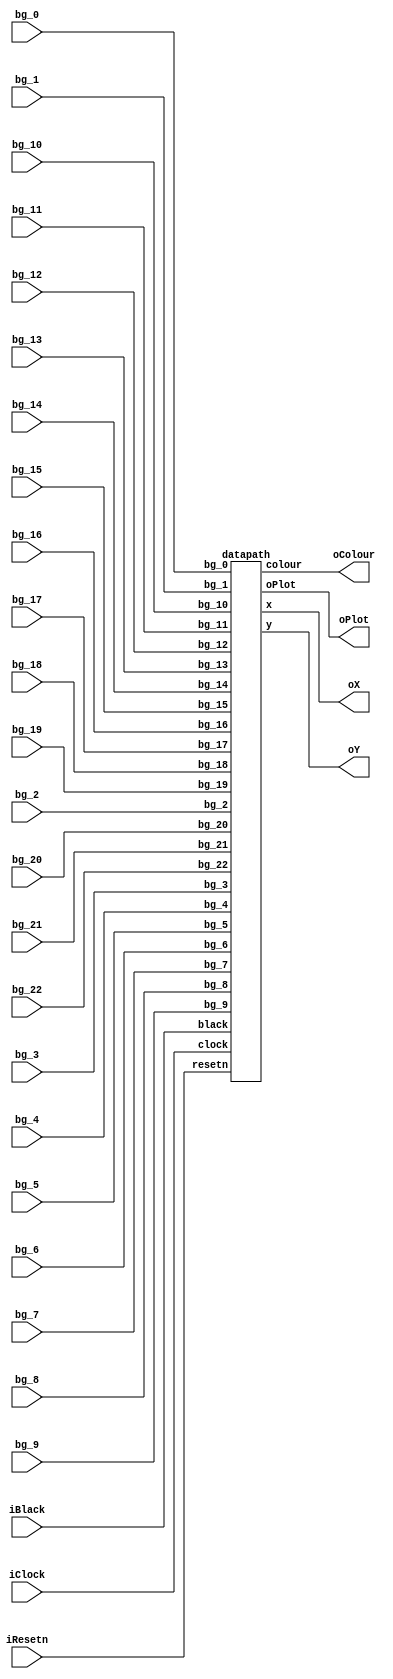
module vgadisplay(iResetn,iBlack,iClock,
	bg_0,
	bg_1,
	bg_2,
	bg_3,
	bg_4,
	bg_5,
	bg_6,
	bg_7,
	bg_8,
	bg_9,
	bg_10,
	bg_11,
	bg_12,
	bg_13,
	bg_14,
	bg_15,
	bg_16,
	bg_17,
	bg_18,
	bg_19,
	bg_20,
	bg_21,
	bg_22,
	oX,oY,oColour,oPlot);
   parameter X_SCREEN_PIXELS = 8'd160;
	parameter X_START = 8'd60;
	parameter X_STOP = 8'd120;
   parameter Y_SCREEN_PIXELS = 7'd120;
	parameter BLOCK_SIZE = 4;

   input wire iResetn, iBlack;
//   input wire [2:0] iColour;
//   input wire [3:0] iXY_Coord;
   input wire 	     iClock;
	
	

   output wire [7:0] oX;         // VGA pixel coordinates
   output wire [6:0] oY;
   output wire [2:0] oColour;     // VGA pixel colour (0-7)
   output wire 	   oPlot;       // Pixel draw enable
	wire clock_out;
	
	input wire [9:0] bg_0;
	input wire [9:0] bg_1;
	input wire [9:0] bg_2;
	input wire [9:0] bg_3;
	input wire [9:0] bg_4;
	input wire [9:0] bg_5;
	input wire [9:0] bg_6;
	input wire [9:0] bg_7;
	input wire [9:0] bg_8;
	input wire [9:0] bg_9;
	input wire [9:0] bg_10;
	input wire [9:0] bg_11;
	input wire [9:0] bg_12;
	input wire [9:0] bg_13;
	input wire [9:0] bg_14;
	input wire [9:0] bg_15;
	input wire [9:0] bg_16;
	input wire [9:0] bg_17;
	input wire [9:0] bg_18;
	input wire [9:0] bg_19;
	input wire [9:0] bg_20;
	input wire [9:0] bg_21;
	input wire [9:0] bg_22;
	
	



//   wire black;
//	wire [7:0] x_count;
//	wire [6:0] y_count;
	
	//fsm f1(iClock, iResetn, iPlotBox, iBlack, iLoadX, x_count, y_count, x_ld, black, plot, oDone, en_count, oPlot);
//	rate_divider r1(iClock,clock_out);
	datapath d1(iClock, iResetn, 
//	iXY_Coord, 
//	iColour, 
//	iPlotBox, 
	iBlack,
	bg_0,
	bg_1,
	bg_2,
	bg_3,
	bg_4,
	bg_5,
	bg_6,
	bg_7,
	bg_8,
	bg_9,
	bg_10,
	bg_11,
	bg_12,
	bg_13,
	bg_14,
	bg_15,
	bg_16,
	bg_17,
	bg_18,
	bg_19,
	bg_20,
	bg_21,
	bg_22,
	oX, oY, oColour, oPlot);
//#(.X_SCREEN_PIXELS(X_SCREEN_PIXELS), .Y_SCREEN_PIXELS(Y_SCREEN_PIXELS))
endmodule // part2

//
//
module datapath(
	input wire clock,
	input wire resetn,
//	input wire [5:0] xy_coord,
//	input wire [2:0] Col,
	//input wire x_ld,
//	input wire plot,
	input wire black,
//	input wire en_count,
	input wire [9:0] bg_0,
	input wire [9:0] bg_1,
	input wire [9:0] bg_2,
	input wire [9:0] bg_3,
	input wire [9:0] bg_4,
	input wire [9:0] bg_5,
	input wire [9:0] bg_6,
	input wire [9:0] bg_7,
	input wire [9:0] bg_8,
	input wire [9:0] bg_9,
	input wire [9:0] bg_10,
	input wire [9:0] bg_11,
	input wire [9:0] bg_12,
	input wire [9:0] bg_13,
	input wire [9:0] bg_14,
	input wire [9:0] bg_15,
	input wire [9:0] bg_16,
	input wire [9:0] bg_17,
	input wire [9:0] bg_18,
	input wire [9:0] bg_19,
	input wire [9:0] bg_20,
	input wire [9:0] bg_21,
	input wire [9:0] bg_22,
	output reg [7:0] x,
	output reg [6:0] y,
	output reg [2:0] colour,
	output reg oPlot
	);
	
	parameter X_SCREEN_PIXELS = 8'd160;
	parameter X_START = 8'd50;
	parameter X_STOP = 8'd110;
   parameter Y_SCREEN_PIXELS = 7'd120;
	parameter BLOCK_SIZE = 6;
	
	//internal registers
	//reg draw;
	reg [27:0] frame_count;
	reg [7:0] x_corner;
	reg [6:0] y_corner;
	reg [7:0] x_clear;
	reg [6:0] y_clear;
	reg [7:0] bg_x;
	reg [6:0] bg_y;
	reg [7:0] bg_x_corner;
	reg [6:0] bg_y_corner;
	reg [2:0] x_pixel, y_pixel, bg_x_pixel, bg_y_pixel;
	reg isfall;
	reg drawblock;
	reg clear;
	
	wire [9:0] bg [19:0];
	assign bg[0] = bg_3;
	assign bg[1] = bg_4;
	assign bg[2] = bg_5;
	assign bg[3] = bg_6;
	assign bg[4] = bg_7;
	assign bg[5] = bg_8;
	assign bg[6] = bg_9;
	assign bg[7] = bg_10;
	assign bg[8] = bg_11;
	assign bg[9] = bg_12;
	assign bg[10] = bg_13;
	assign bg[11] = bg_14;
	assign bg[12] = bg_15;
	assign bg[13] = bg_16;
	assign bg[14] = bg_17;
	assign bg[15] = bg_18;
	assign bg[16] = bg_19;
	assign bg[17] = bg_20;
	assign bg[18] = bg_21;
	assign bg[19] = bg_22;


	
	always@(posedge clock)
	begin
		if (!resetn)
		begin
			x <= X_START;
			y <= 0;
			colour <= 3'b000;
			x_corner <= 8'b0;
			y_corner <= 7'b0;
			x_clear <= 8'b0;
			y_clear <= 7'b0;
			bg_x_corner <= X_START;
			bg_y_corner <= 7'b0;
			bg_x <= 8'b0;
			bg_y <= 7'b0;
			frame_count <= 28'b0;
			isfall <= 1'b0;
			drawblock <= 1'b0;
			clear <= 1'b0;
			x_pixel <= 0;
			y_pixel <= 0;
			bg_x_pixel <= 0;
			bg_y_pixel <= 0;
			oPlot <= 1'b0;
		end
	
		else if(black)
		begin
			colour <= 3'b000;
			if (x < 8'd160 - 1) 
			begin
				x <= x + 1;
			end
			else 
			begin
				x <= 0;
				if (y < 7'd120 - 1)
				begin
					y <= y+1;
				end
				else
					y<= 0;
			end 
			oPlot <= 1'b1;
			 
		end
		
//		else if (plot)
//		begin
//			drawblock <= 1'b1;
//			x_corner <= 8'b0;
//			y_corner <= 7'b0;
//			x_clear <= X_START;
//			y_clear <= 7'b0;
//			x_pixel <= 0;
//			y_pixel <= 0;
//			bg_x <= 0;
//			bg_y <= 0;
//			bg_x_pixel <= 0;
//			bg_y_pixel <= 0;
//			bg_x_corner <= X_START;
//			bg_y_corner <= 0;
////			x <= X_START;                                                                                                                                                                                                                                                                                                                                                                                                                                                                                                                                                                                                                                                                                                                                                           _START;
////			y <= 0;
//			
//		end
		
		else 
		begin
//			colour <= 3'b111;
//			if (x_clear < X_STOP - 1 && x_clear > X_START - 1) 
//			begin
//				x_clear <= x_clear + 1;
//				y_clear <= y_clear;
//			end
//			else if (y_clear < 7'd120 - 1)
//			begin
//				x_clear <= X_START;
//				y_clear <= y_clear + 1;
//			end
//			else
//			begin				
//				drawblock <= 1;
//				clear <= 0;
//				x_clear <= X_START;
//				y_clear <= 7'b0;
//			end 
//			x <= x_clear;
//			y <= y_clear;
//			oPlot <= 1'b1;
			if(bg_x_corner < X_STOP - BLOCK_SIZE && bg_x_corner > X_START - 1)
			begin
				if(bg_x_pixel < BLOCK_SIZE - 1)
				begin
					bg_x_pixel <= bg_x_pixel +1;
					bg_y_pixel <= bg_y_pixel;
					//x_clear <= bg_x_corner + bg_x_pixel;
					//y_clear <= bg_y_corner + bg_y_pixel;
					if(bg[bg_y][bg_x] == 1)
						colour <= 3'b001;
					else
						colour <= 3'b111;
				end	
				else if (bg_y_pixel < BLOCK_SIZE - 1)
				begin 
					bg_x_pixel <= 0;
					bg_y_pixel <= bg_y_pixel + 1;	
					//x_clear <= bg_x_corner + bg_x_pixel;
					//y_clear <= bg_y_corner + bg_y_pixel;
				end
				else
				begin
					bg_x_pixel <= 0;
					bg_y_pixel <= 0;
					bg_x_corner <= bg_x_corner + BLOCK_SIZE; 
					bg_y_corner <= bg_y_corner;
					bg_x <= bg_x + 1;
					bg_y <= bg_y;
					//x_clear <= bg_x_corner + bg_x_pixel;
					//y_clear <= bg_y_corner + bg_y_pixel;
					
				end
			end
			else if(bg_x_corner == X_STOP - BLOCK_SIZE && bg_y_corner < 7'd120 - BLOCK_SIZE)
			begin
				if(bg_x_pixel < BLOCK_SIZE - 1)
				begin
					bg_x_pixel <= bg_x_pixel +1;
					bg_y_pixel <= bg_y_pixel;
					if(bg[bg_y][bg_x] == 1)
						colour <= 3'b001;
					else
						colour <= 3'b111;
				end	
				else if (bg_y_pixel < BLOCK_SIZE - 1)
				begin 
					bg_x_pixel <= 0;
					bg_y_pixel <= bg_y_pixel + 1;	
				end
				else
				begin
					bg_x_pixel <= 0;
					bg_y_pixel <= 0;
					bg_x_corner <= X_START; 
					bg_y_corner <= bg_y_corner +BLOCK_SIZE;
					bg_x <= 0;
					bg_y <= bg_y + 1;
				end	
			end
			else if(bg_x_corner == X_STOP - BLOCK_SIZE && bg_y_corner == 7'd120 - BLOCK_SIZE)
			begin
				if(bg_x_pixel < BLOCK_SIZE - 1)
				begin
					bg_x_pixel <= bg_x_pixel +1;
					bg_y_pixel <= bg_y_pixel;
					if(bg[bg_y][bg_x] == 1)
						colour <= 3'b001;
					else
						colour <= 3'b111;
				end	
				else if (bg_y_pixel < BLOCK_SIZE - 1)
				begin 
					bg_x_pixel <= 0;
					bg_y_pixel <= bg_y_pixel + 1;	
				end
				else
				begin
					drawblock <= 1;
					clear <= 0;
					bg_x_corner <= X_START;
					bg_y_corner <= 7'b0;
					bg_x <= 0;
					bg_y <= 0;
					bg_x_pixel <= 0;
					bg_y_pixel <= 0;
				end	
			end
			x <= bg_x_corner + bg_x_pixel;
			y <= bg_y_corner + bg_y_pixel;
			oPlot <= 1'b1;
		end
		
//		else if (drawblock)
//		begin		
//			if(x_pixel < BLOCK_SIZE - 1)
//			begin
//				x_pixel <= x_pixel +1;
//			end
//			else if (y_pixel < BLOCK_SIZE - 1)
//			begin 
//				x_pixel <= 0;
//				y_pixel <= y_pixel + 1;			
//			end
//			else
//			begin
//				drawblock <= 0;
//				isfall <= 1;	
//				x_pixel <= 0;
//				y_pixel <= 0;
//			end
//			x <= X_START +xy_coord*4 + x_pixel;
//			y <= y_corner + y_pixel;
//			colour <= Col;
//			oPlot <=1;
//			
//		end
//		
//		else if (isfall)
//		begin
//			if(frame_count < 28'd10000000) 
//			begin
//				frame_count <= frame_count+1;
////				x_corner <= 0;
////				y_corner <= 0;
//			end
//			else
//			begin				
//				if(y_corner < 7'd80 - BLOCK_SIZE)
//				begin
//					y_corner <= y_corner + 1;
//				end
//				frame_count <= 0;
//				clear <= 1;
//				isfall <= 0;
//				
//			end
//
//		end 
//		
//		else
//			oPlot <= 0;
		
	end


endmodule